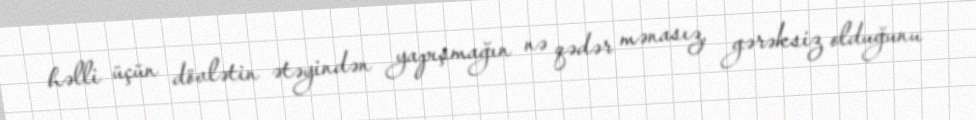
həlli üçün dövlətin ətəyindən yapışmağın nə qədər mənasız, gərəksiz olduğunu